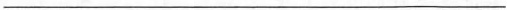
___